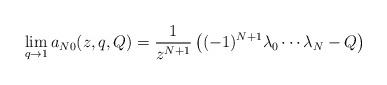
LaTeX: \begin{align*} \lim_{q \to 1} a_{N0}(z,q,Q) = \frac{1}{z^{N+1}} \left( (-1)^{N+1}\lambda_0 \cdots \lambda_N - Q\right) \end{align*}